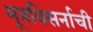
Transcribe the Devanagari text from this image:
मूत्रविसर्नाची